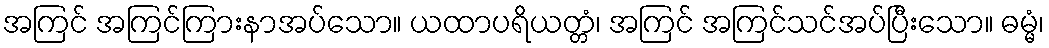
အကြင် အကြင်ကြားနာအပ်သော။ ယထာပရိယတ္တံ၊ အကြင် အကြင်သင်အပ်ပြီးသော။ ဓမ္မံ၊